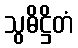
သွဓိဋ္ဌိတံ